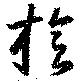
旋